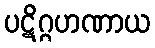
ပဋိဂ္ဂဟဏာယ